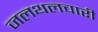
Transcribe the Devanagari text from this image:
जलथलचारी